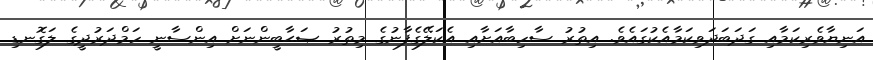
އަނިޔާވެރިކަމާއި ގަދަބަދަވިކަމާއެކުގައެވެ. އިތުރު ސާހިބާއަށާއި އެކަލޭގެފާނުގެ މިތުރު ޞަޙާބީންނަށް އިންސާނީ ހަމްދަރުދީގެ ލަގޮނޑި